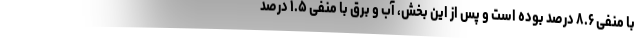
با منفی ۸.۶ درصد بوده است و پس از این بخش، آب و برق با منفی ۱.۵ درصد